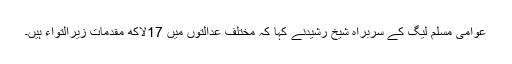
عوامی مسلم لیگ کے سربراہ شیخ رشیدنے کہا کہ مختلف عدالتوں میں 17لاکھ مقدمات زیرالتواء ہیں۔